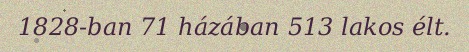
1828-ban 71 házában 513 lakos élt.